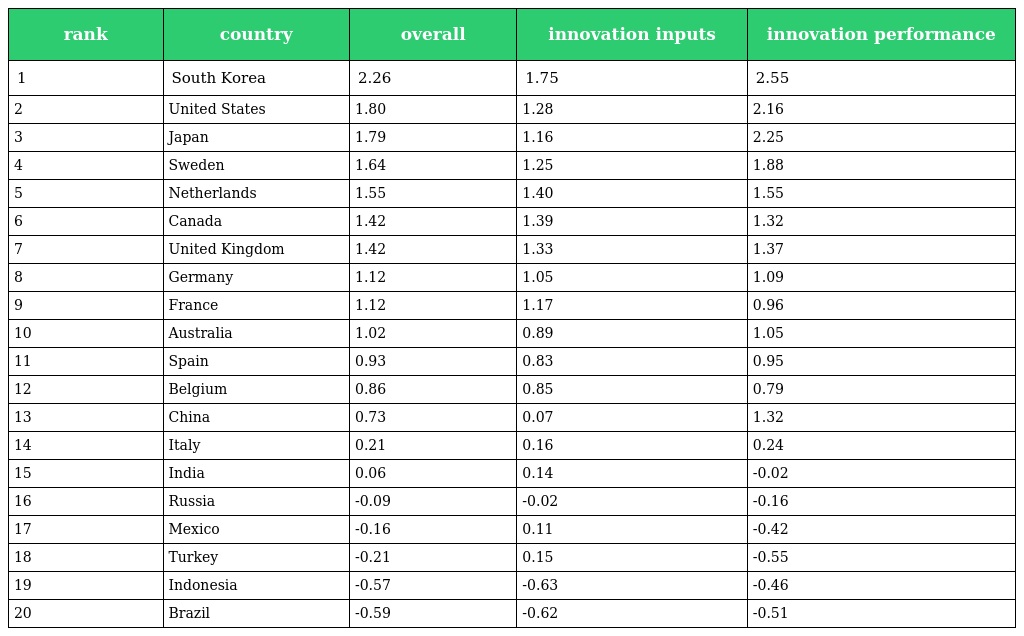
| rank | country | overall | innovation inputs | innovation performance |
 | --- | --- | --- | --- | --- |
 | 1 | South Korea | 2.26 | 1.75 | 2.55 |
 | 2 | United States | 1.80 | 1.28 | 2.16 |
 | 3 | Japan | 1.79 | 1.16 | 2.25 |
 | 4 | Sweden | 1.64 | 1.25 | 1.88 |
 | 5 | Netherlands | 1.55 | 1.40 | 1.55 |
 | 6 | Canada | 1.42 | 1.39 | 1.32 |
 | 7 | United Kingdom | 1.42 | 1.33 | 1.37 |
 | 8 | Germany | 1.12 | 1.05 | 1.09 |
 | 9 | France | 1.12 | 1.17 | 0.96 |
 | 10 | Australia | 1.02 | 0.89 | 1.05 |
 | 11 | Spain | 0.93 | 0.83 | 0.95 |
 | 12 | Belgium | 0.86 | 0.85 | 0.79 |
 | 13 | China | 0.73 | 0.07 | 1.32 |
 | 14 | Italy | 0.21 | 0.16 | 0.24 |
 | 15 | India | 0.06 | 0.14 | -0.02 |
 | 16 | Russia | -0.09 | -0.02 | -0.16 |
 | 17 | Mexico | -0.16 | 0.11 | -0.42 |
 | 18 | Turkey | -0.21 | 0.15 | -0.55 |
 | 19 | Indonesia | -0.57 | -0.63 | -0.46 |
 | 20 | Brazil | -0.59 | -0.62 | -0.51 |